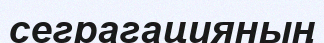
сеграгацияның